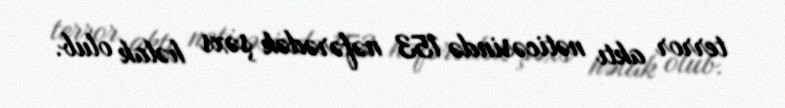
terror aktı nəticəsində 153 nəfərədək şəxs həlak olub.